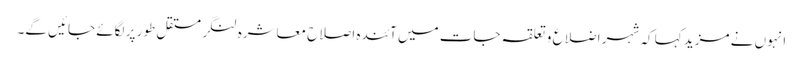
انہوں نے مزید کہا کہ شہر اضلاع و تعلقہ جات میں آئندہ اصلاح معاشرہ لنگر مستقل طور پر لگائے جائیں گے۔